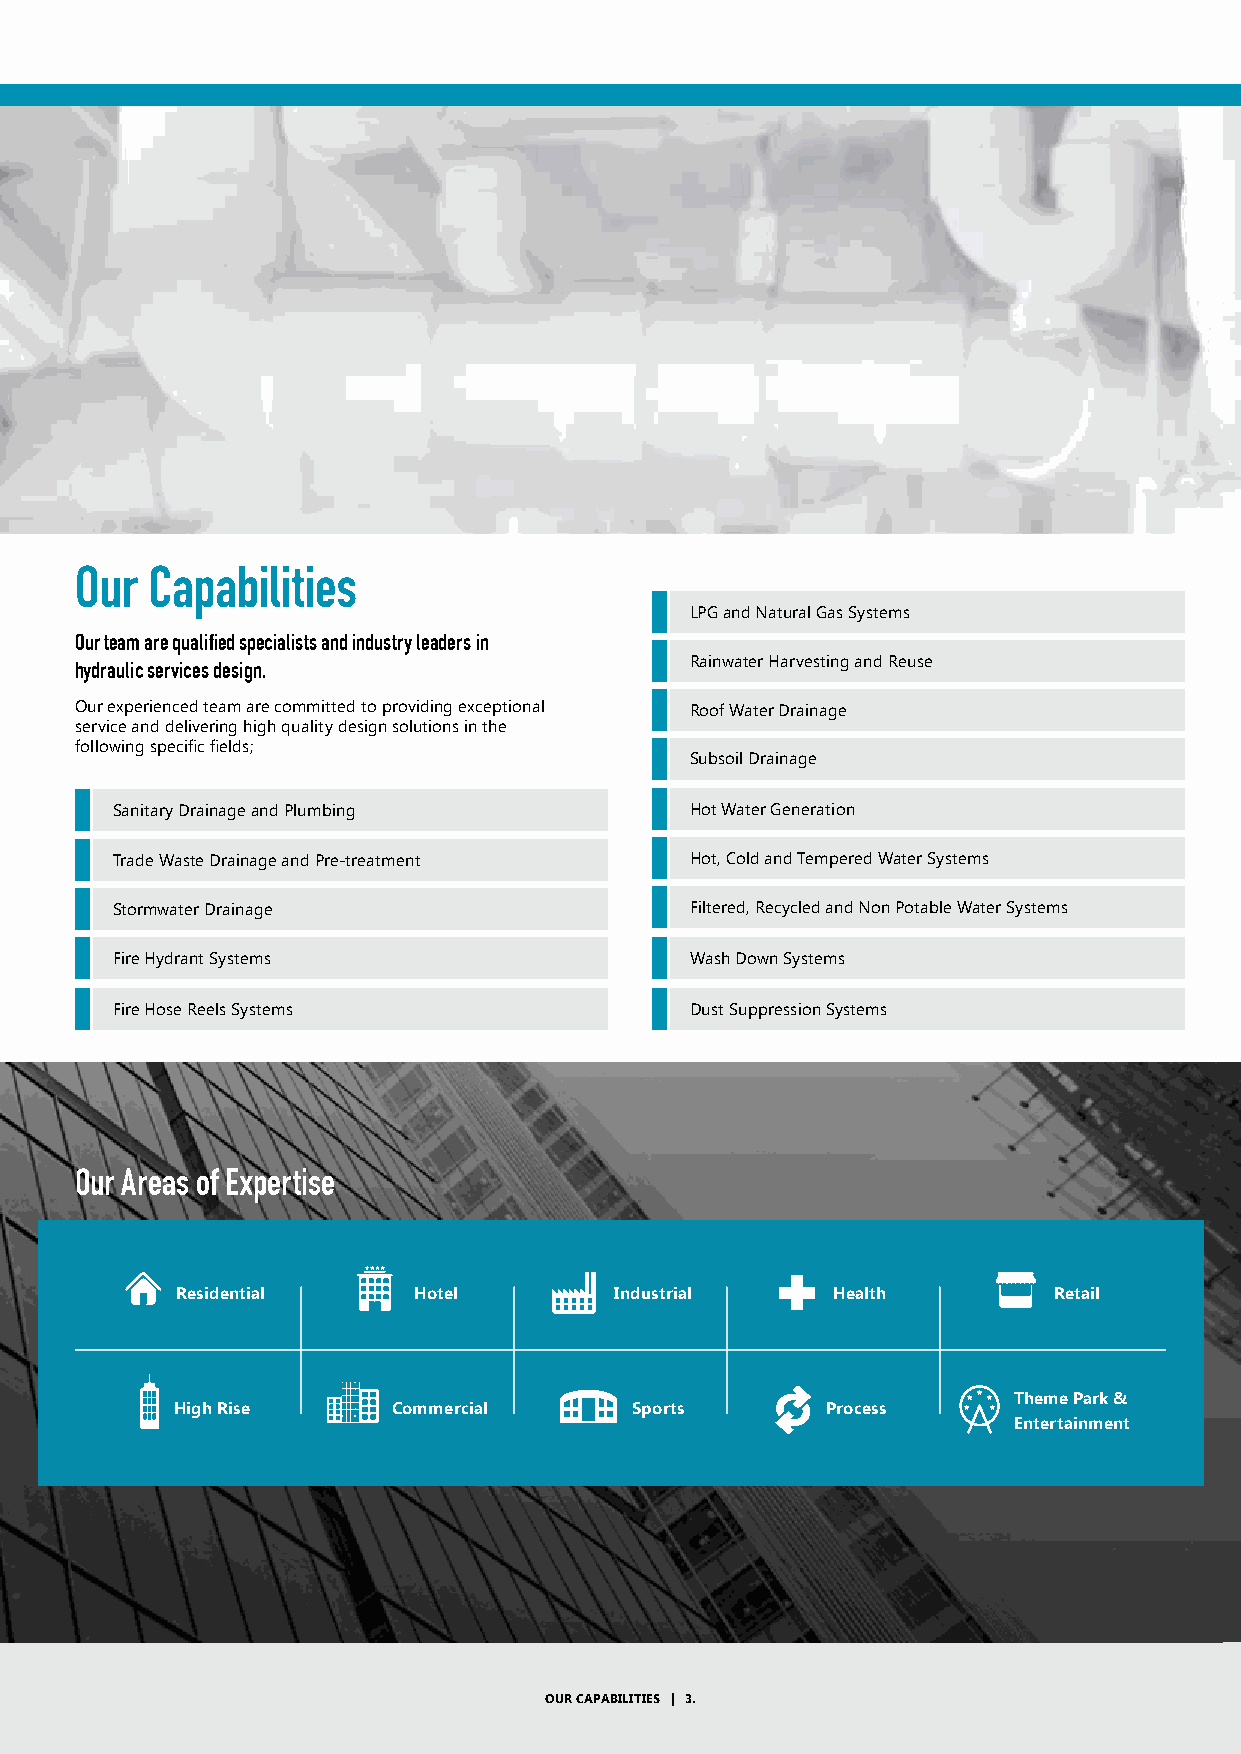
Our  Capabilities
 LPG and Natural Gas Systems
 Our team are qualified specialists and industry leaders in
 hydraulic services design.               Rainwater Harvesting and Reuse
 Our experienced team are committed to providing exceptional Roof Water Drainage
 service and delivering high quality design solutions in the
 following specific fields;
 Subsoil Drainage
 Sanitary Drainage and Plumbing         Hot Water Generation
 Trade Waste Drainage and Pre-treatment Hot, Cold and Tempered Water Systems
 Stormwater Drainage                    Filtered, Recycled and Non Potable Water Systems
 Fire Hydrant Systems                   Wash Down Systems
 Fire Hose Reels Systems                Dust Suppression Systems
 Our Areas of Expertise
 Residential    Hotel         Industrial    Health         Retail
 Theme Park &
 High Rise      Commercial      Sports       Process
 Entertainment
 OUR CAPABILITIES | 3.